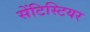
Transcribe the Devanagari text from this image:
सेंटिस्टियर